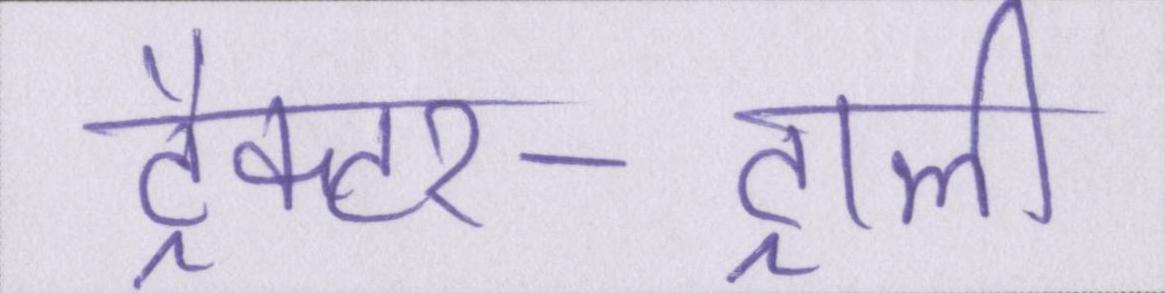
ट्रैक्टर-ट्राली